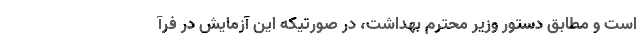
است و مطابق دستور وزیر محترم بهداشت، در صورتیکه این آزمایش در فرآ